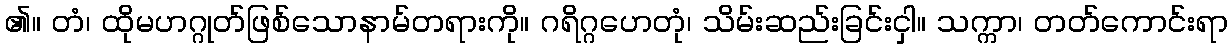
၏။ တံ၊ ထိုမဟဂ္ဂုတ်ဖြစ်သောနာမ်တရားကို။ ဂရိဂ္ဂဟေတုံ၊ သိမ်းဆည်းခြင်းငှါ။ သက္ကာ၊ တတ်ကောင်းရာ